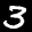
Digit: 3